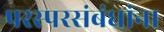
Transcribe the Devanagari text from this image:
परस्परसंबंधांना